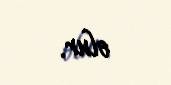
olur.